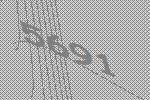
5691